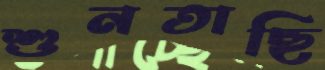
শুনতাছি